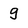
Character: g